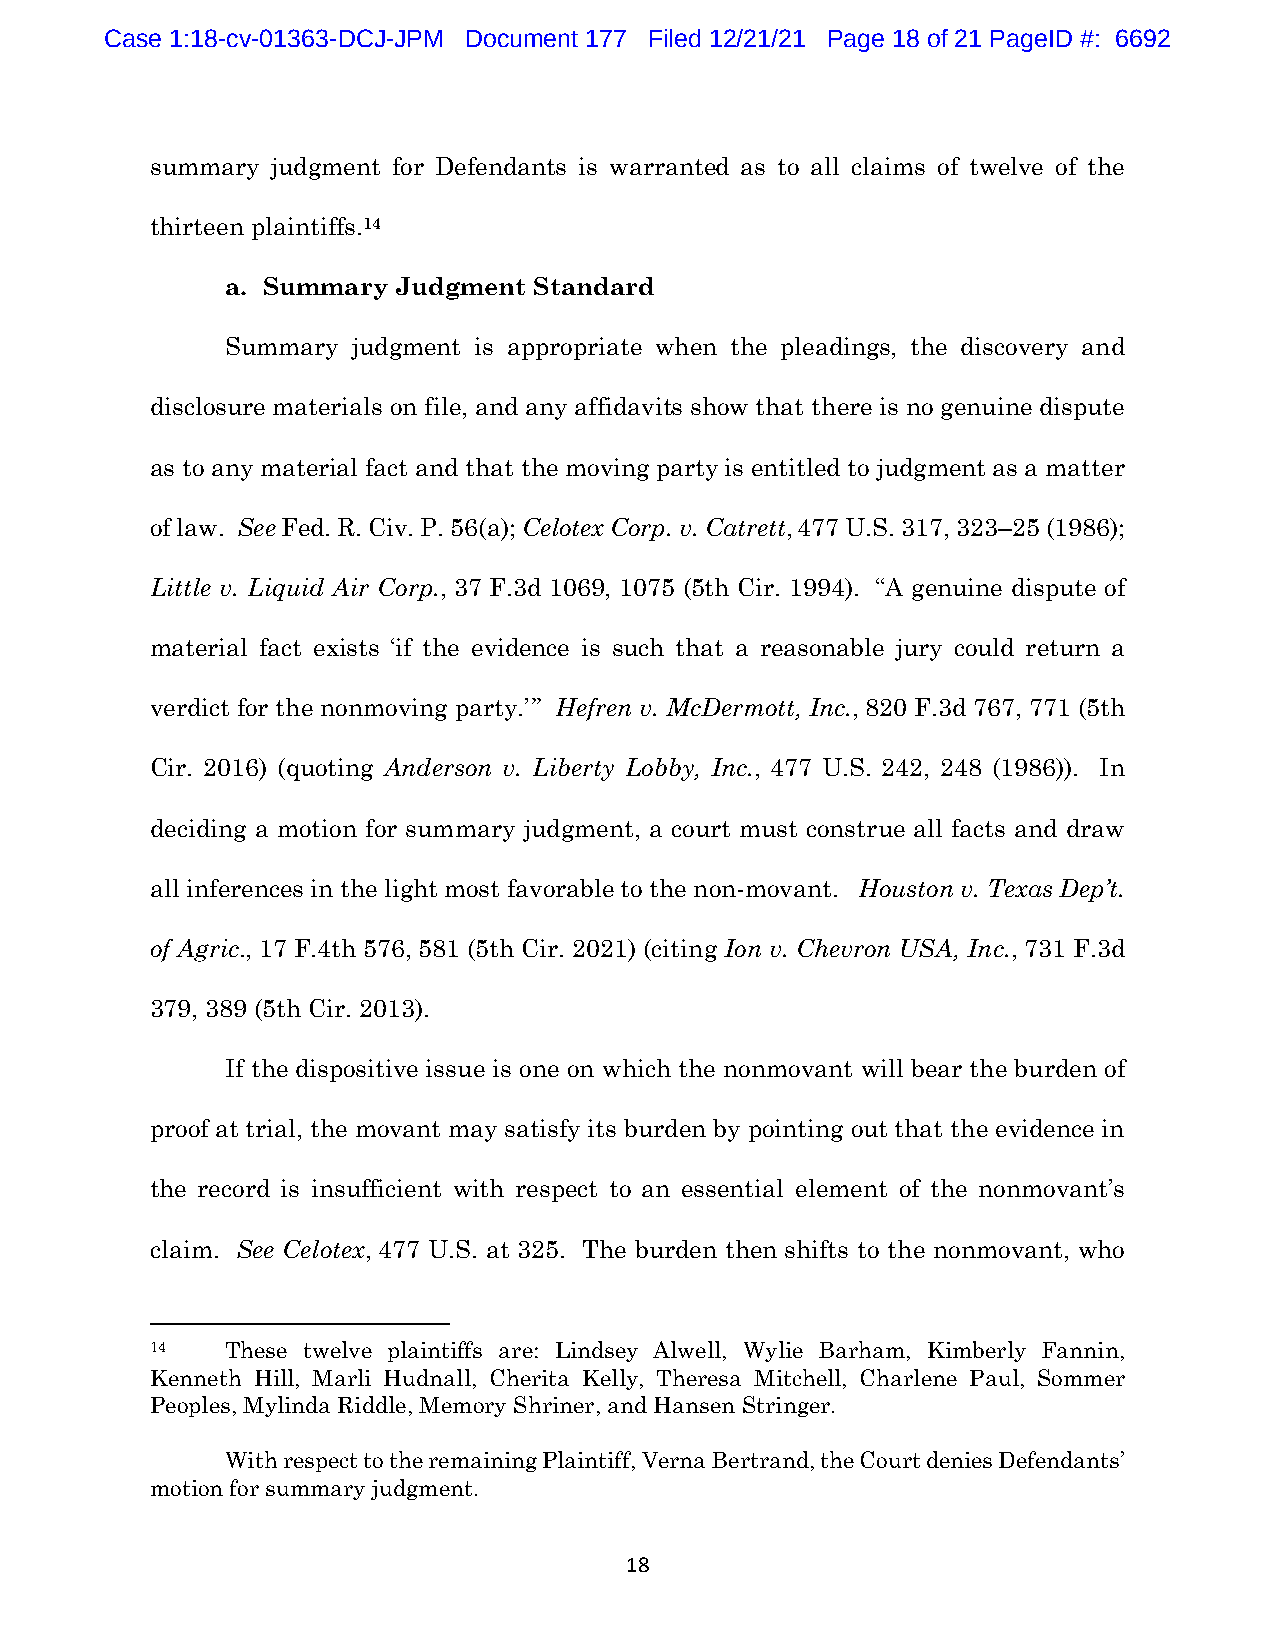
Case 1:18-cv-01363-DCJ-JPM Document 177 Filed 12/21/21 Page 18 of 21 PageID #: 6692
 summary judgment for Defendants is warranted as to all claims of twelve of the
 thirteen plaintiffs.14
 a. Summary Judgment Standard
 Summary judgment is appropriate when the pleadings, the discovery and
 disclosure materials on file, and any affidavits show that there is no genuine dispute
 as to any material fact and that the moving party is entitled to judgment as a matter
 of law. See Fed. R. Civ. P. 56(a); Celotex Corp. v. Catrett, 477 U.S. 317, 323–25 (1986);
 Little v. Liquid Air Corp., 37 F.3d 1069, 1075 (5th Cir. 1994). “A genuine dispute of
 material fact exists ‘if the evidence is such that a reasonable jury could return a
 verdict for the nonmoving party.’” Hefren v. McDermott, Inc., 820 F.3d 767, 771 (5th
 Cir. 2016) (quoting Anderson v. Liberty Lobby, Inc., 477 U.S. 242, 248 (1986)). In
 deciding a motion for summary judgment, a court must construe all facts and draw
 all inferences in the light most favorable to the non-movant. Houston v. Texas Dep’t.
 of Agric., 17 F.4th 576, 581 (5th Cir. 2021) (citing Ion v. Chevron USA, Inc., 731 F.3d
 379, 389 (5th Cir. 2013).
 If the dispositive issue is one on which the nonmovant will bear the burden of
 proof at trial, the movant may satisfy its burden by pointing out that the evidence in
 the record is insufficient with respect to an essential element of the nonmovant’s
 claim. See Celotex, 477 U.S. at 325. The burden then shifts to the nonmovant, who
 14   These twelve plaintiffs are: Lindsey Alwell, Wylie Barham, Kimberly Fannin,
 Kenneth Hill, Marli Hudnall, Cherita Kelly, Theresa Mitchell, Charlene Paul, Sommer
 Peoples, Mylinda Riddle, Memory Shriner, and Hansen Stringer.
 With respect to the remaining Plaintiff, Verna Bertrand, the Court denies Defendants’
 motion for summary judgment.
 18